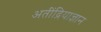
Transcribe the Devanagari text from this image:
अतींद्रियाज्ञान